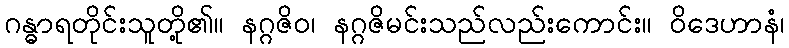
ဂန္ဓာရတိုင်းသူတို့၏။ နဂ္ဂဇိဝ၊ နဂ္ဂဇိမင်းသည်လည်းကောင်း။ ဝိဒေဟာနံ၊